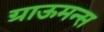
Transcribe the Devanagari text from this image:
ग्राऊमन्स